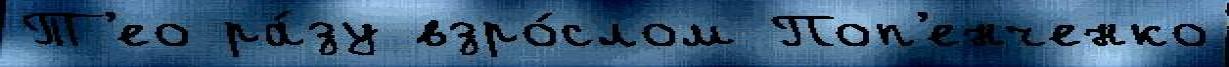
Т'ео ра́зу взро́слом Поп'енченко